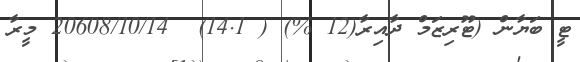
ޓީ ބަޔާން (ޓޫރިޒަމް ދާއިރާ(12 %) ( 14.1)  20608/10/14 މީރާ